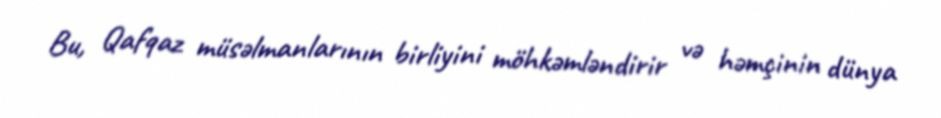
Bu, Qafqaz müsəlmanlarının birliyini möhkəmləndirir və həmçinin dünya